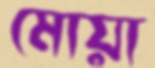
মোয়া